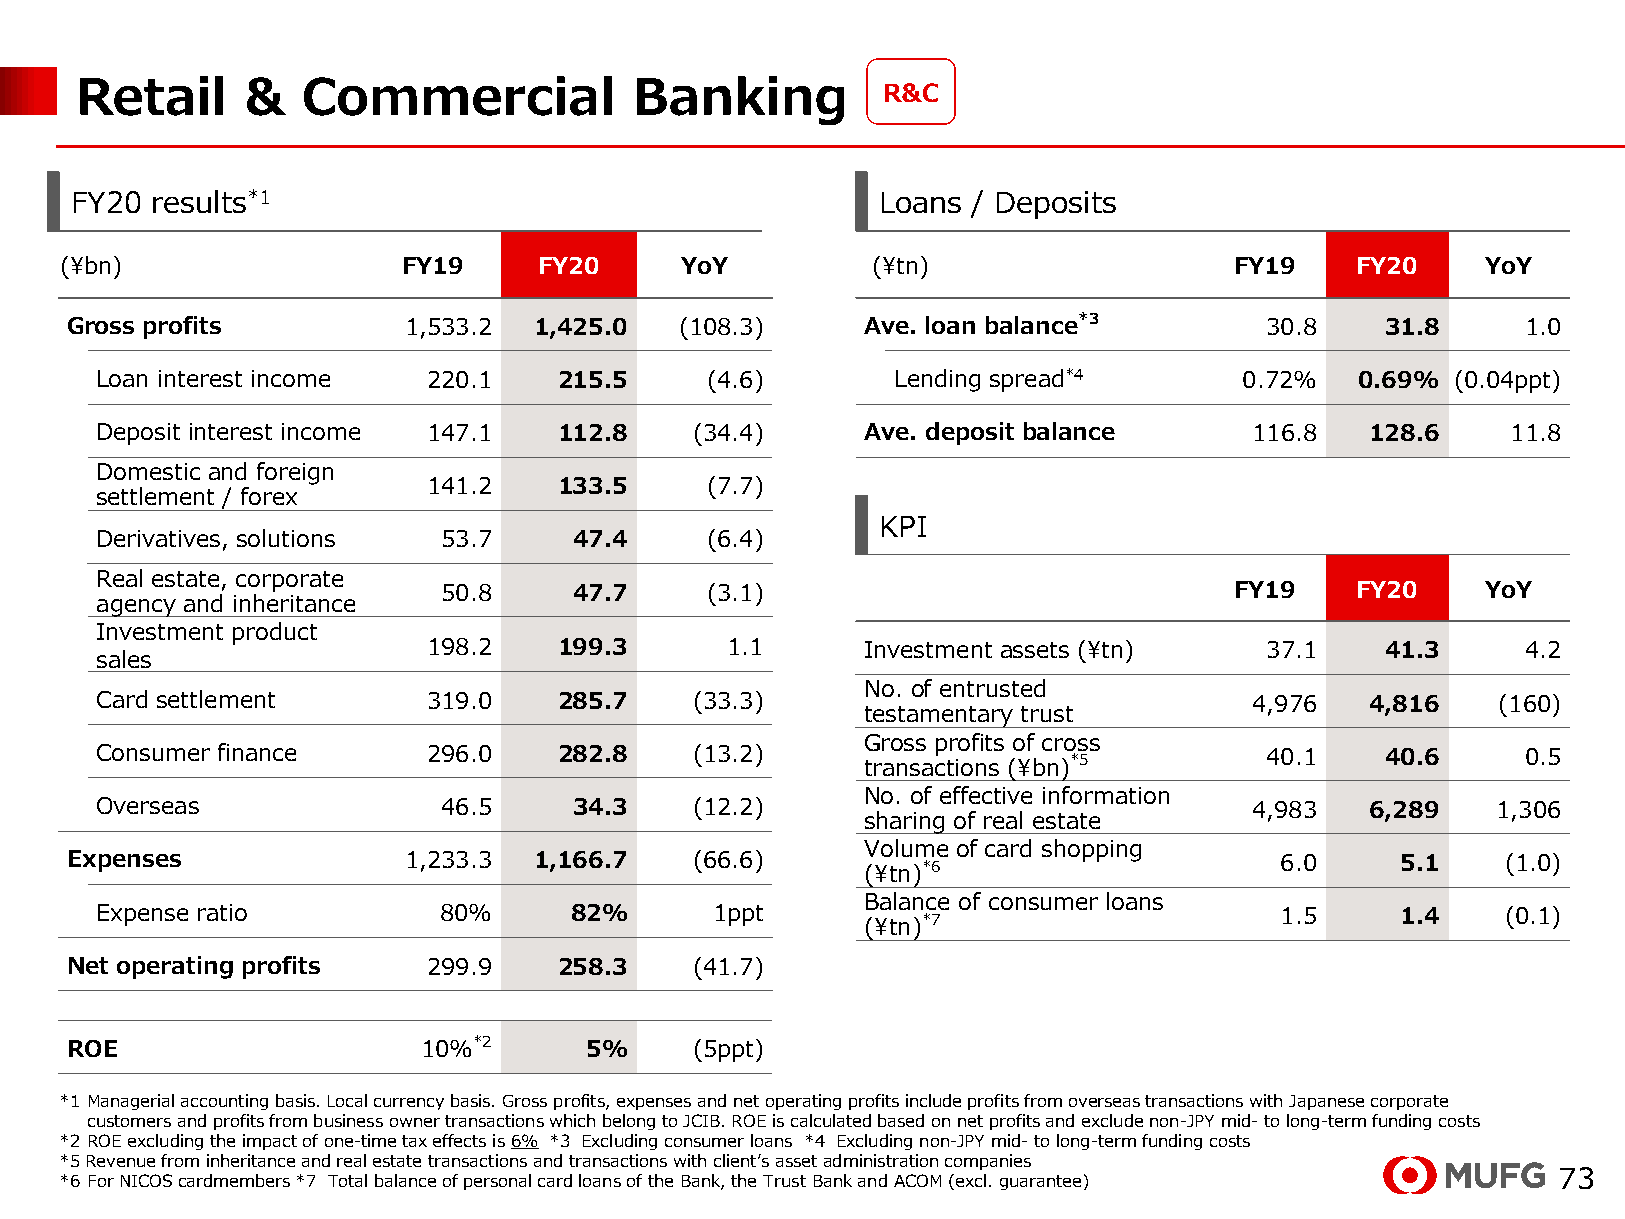
Retail     &   Commercial            Banking         R&C
 FY20 results*1                                       Loans / Deposits
 (¥bn)                  FY19     FY20     YoY          (¥tn)                   FY19    FY20    YoY
 Gross profits          1,533.2 1,425.0   (108.3)     Ave. loan balance*3        30.8    31.8     1.0
 Loan interest income  220.1    215.5     (4.6)       Lending spread*4       0.72%   0.69% (0.04ppt)
 Deposit interest income 147.1  112.8    (34.4)     Ave. deposit balance      116.8   128.6    11.8
 Domestic and foreign
 141.2    133.5     (7.7)
 settlement / forex
 KPI
 Derivatives, solutions 53.7     47.4     (6.4)
 Real estate, corporate
 50.8     47.7     (3.1)                              FY19    FY20    YoY
 agency and inheritance
 Investment product
 198.2    199.3      1.1      Investment assets (¥tn)    37.1    41.3     4.2
 sales
 No. of entrusted
 Card settlement       319.0    285.7    (33.3)                               4,976   4,816   (160)
 testamentary trust
 Gross profits of cross
 Consumer finance      296.0    282.8    (13.2)     transactions (¥bn)*5       40.1    40.6     0.5
 No. of effective information
 Overseas               46.5     34.3    (12.2)                               4,983   6,289   1,306
 sharing of real estate
 Volume of card shopping
 Expenses               1,233.3 1,166.7    (66.6)     (¥tn)*6                     6.0     5.1    (1.0)
 Balance of consumer loans
 Expense ratio          80%      82%      1ppt      (¥tn)*7                     1.5     1.4    (0.1)
 Net operating profits   299.9    258.3    (41.7)
 ROE                     10%*2      5%     (5ppt)
 *1 Managerial accounting basis. Local currency basis. Gross profits, expenses and net operating profits include profits from overseas transactions with Japanese corporate
 customers and profits from business owner transactions which belong to JCIB. ROE is calculated based on net profits and exclude non-JPY mid-to long-term funding costs
 *2 ROE excluding the impact of one-time tax effects is 6% *3 Excluding consumer loans *4 Excluding non-JPY mid-to long-term funding costs
 *5 Revenue from inheritance and real estate transactions and transactions with client’s assetadministration companies
 *6 For NICOS cardmembers *7 Total balance of personal card loans of the Bank, the Trust Bank and ACOM (excl. guarantee) 73